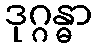
ဒုဂ္ဂန္ဓာ